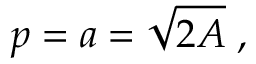
p = a = { \sqrt { 2 A } } \; ,